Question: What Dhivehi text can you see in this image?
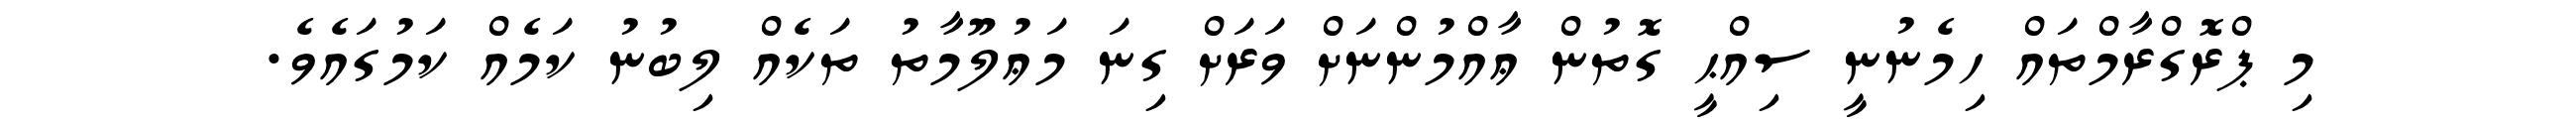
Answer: މި ޕްރޮގްރާމްތައް ހިމެނުނީ ސިއްޙީ ގޮތުން ޢާއްމުންނަށް ވަރަށް ގިނަ މަޢުލޫމާތު ތަކެއް ލިބުނު ކަމެއް ކަމުގައެވެ.